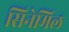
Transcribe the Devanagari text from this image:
सिनेमिल